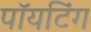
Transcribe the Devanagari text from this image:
पॉयटिंग